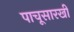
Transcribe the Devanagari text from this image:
पाचूसारखी